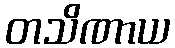
တသိဏာယ